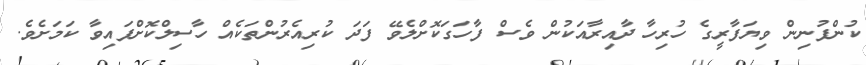
ކުންފުނިން ވިޔަފާރީގެ ހުރިހާ ދާއިރާއަކުން ވެސް ފާހަގަކޮށްލެވޭ ފަދަ ކުރިއެރުންތަކެއް ހާސިލްކޮށްފައިވާ ކަމަށެވެ.